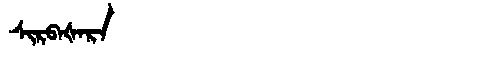
Manchu: ᠰᡳᡵᠪᠠᡧᠠᡵᠠ
Romanization: SIRBAŠARA